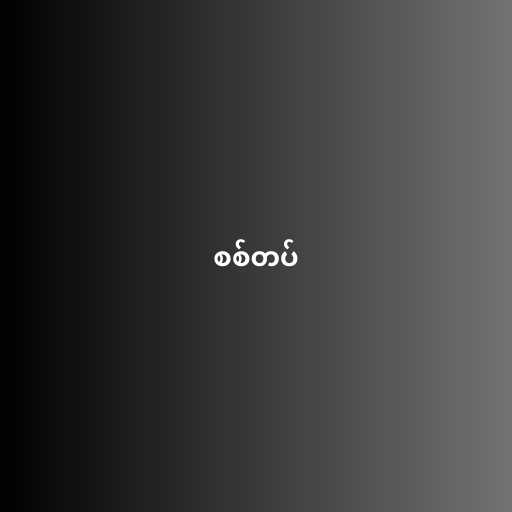
စစ်တပ်